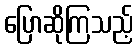
ပြောဆိုကြသည့်